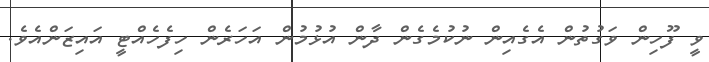
ވީ ފޫހިން ވަގުތުން އެގެއިން ނުކުމެގެން ދާން އުޅުމުން އަހަރެން ހިފެހެއްޓީ އައިޒަންއެވެ.